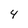
Character: 4